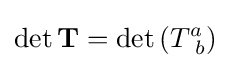
\det \mathbf {T} =\det \left(T_{\ b}^{a}\right)